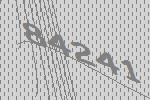
84241